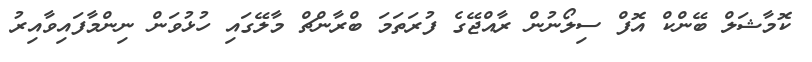
ކޮމާޝަލް ބޭންކް އޮފް ސިލޯނުން ރާއްޖޭގެ ފުރަތަމަ ބްރާންޗް މާލޭގައި ހުޅުވަން ނިންމާފައިވާއިރު